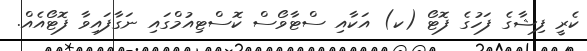
ކެރީ ފިޝާގެ ފަހުގެ ފޮޓޯ (ކ) އަކާއި ސްޓާވޯސް ކޮސްޓިއުމްގައި ނަގާފައިވާ ފޮޓޯއެއް.